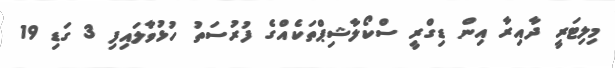
މިލިޓަރީ ދާއިރާ އިން ޑިގްރީ ސްކޯލާޝިޕްތަކެއްގެ ފުރުސަތު ހުޅުވާލައިފި 3 ގަޑި 19